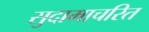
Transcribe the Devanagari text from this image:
सुदामाचरित